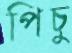
পিচু